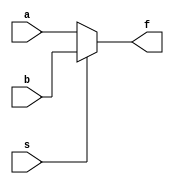
module mux2_1(f,a,b,s);
	input a,b,s;
	output f;
	//assign f=((a&~s)|(b&s));
	assign f=s?b:a;
endmodule